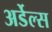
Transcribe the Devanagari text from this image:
अर्डेल्स